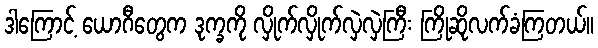
ဒါကြောင့် ယောဂီတွေက ဒုက္ခကို လှိုက်လှိုက်လှဲလှဲကြီး ကြိုဆိုလက်ခံကြတယ်။